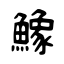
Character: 鱌